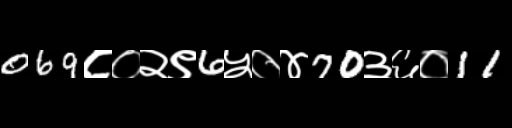
Text: 069८०२९6५०४70३६०11